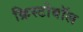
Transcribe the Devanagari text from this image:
क्रिस्टोबॉल